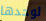
لوحدها